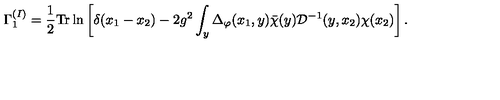
\Gamma _ { 1 } ^ { ( I ) } = \frac { 1 } { 2 } \mathrm { T r } \ln \left[ \delta ( x _ { 1 } - x _ { 2 } ) - 2 g ^ { 2 } \int _ { y } \Delta _ { \varphi } ( x _ { 1 } , y ) { \bar { \chi } } ( y ) { \mathcal D } ^ { - 1 } ( y , x _ { 2 } ) \chi ( x _ { 2 } ) \right] .